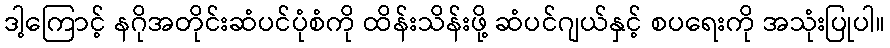
ဒါ့ကြောင့် နဂိုအတိုင်းဆံပင်ပုံစံကို ထိန်းသိန်းဖို့ ဆံပင်ဂျယ်နှင့် စပရေးကို အသုံးပြုပါ။